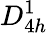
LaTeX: D_{4h}^{1}